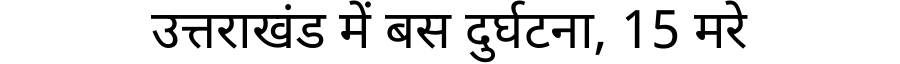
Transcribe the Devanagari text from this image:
उत्तराखंड में बस दुर्घटना, 15 मरे